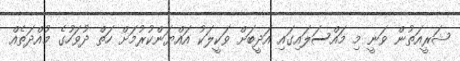
ޝަރީއަތުން ވަނީ މި މައްސަލައިގައި އަދީބަށް ވަކީލަކު އައްޔަންކުރުމަށް ހަތް ދުވަހުގެ މުއްދަތެއް